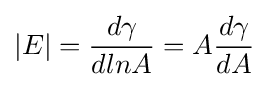
\left\vert E\right\vert ={d\gamma  \over dlnA}=A{d\gamma  \over dA}